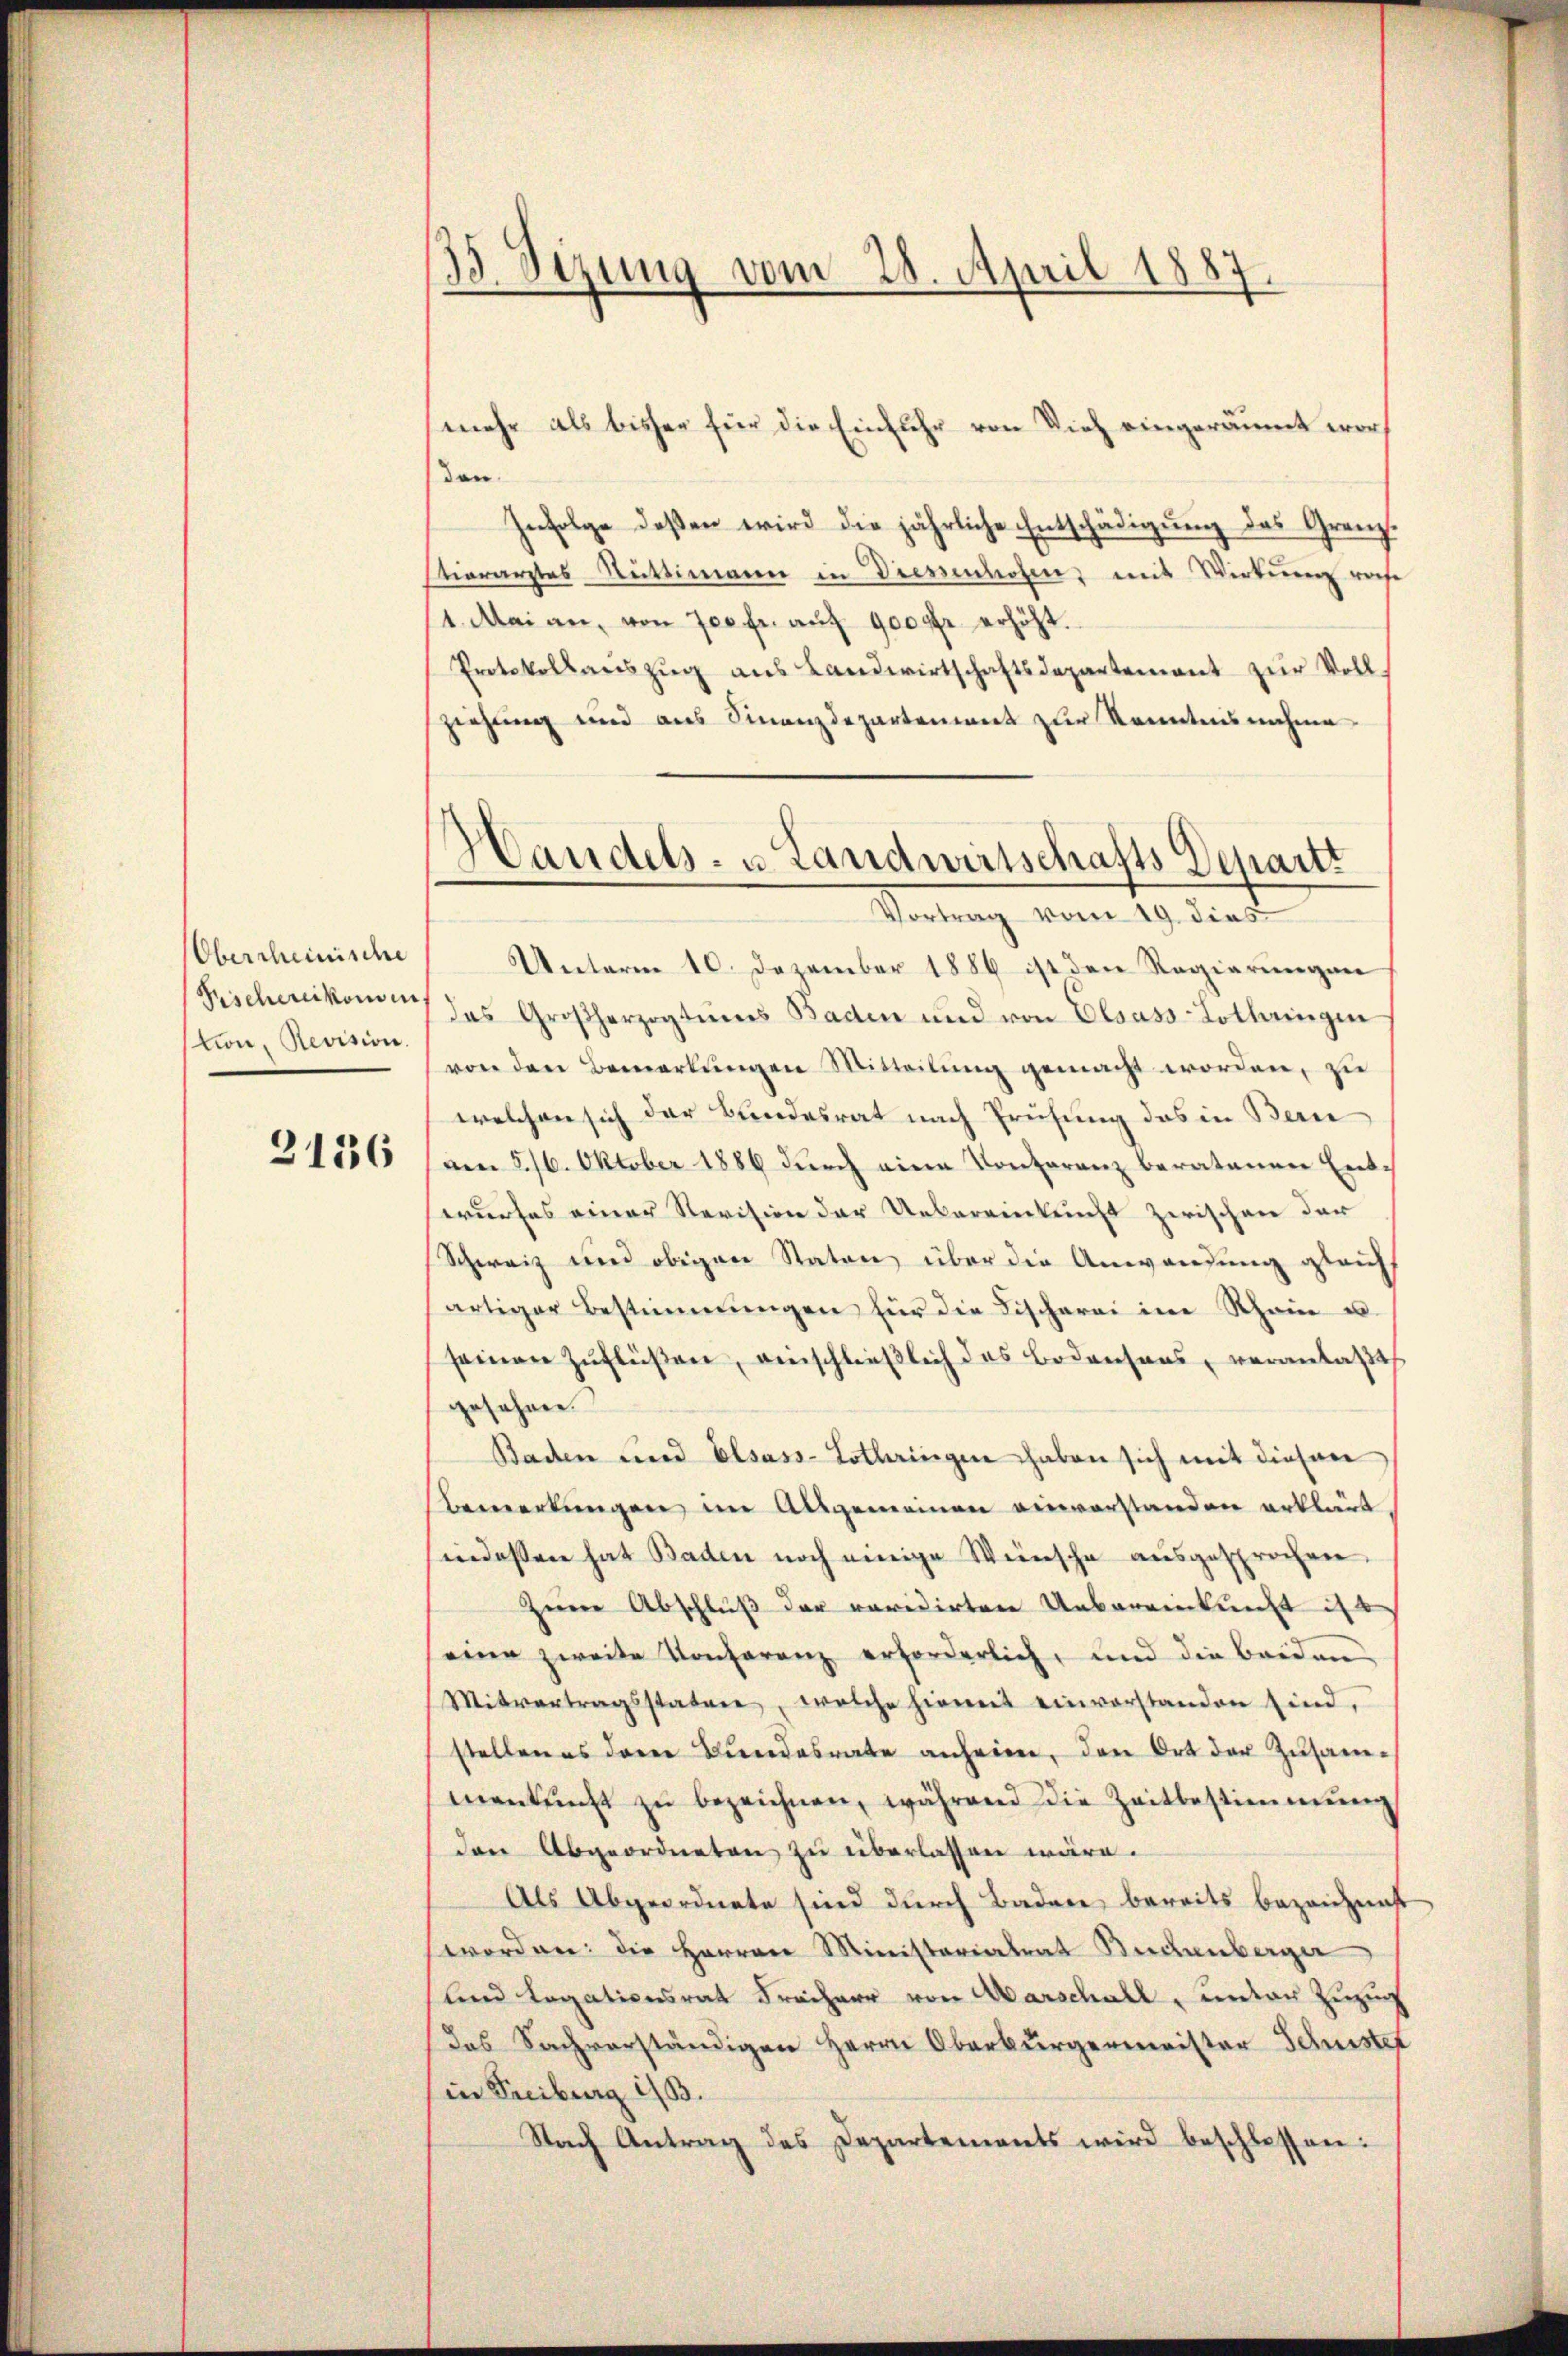
Oberscheinische
tion, Revision.

3136

33. Sizung vom 28. April 1887.

mehr als bisher für die Einfuhr von Vieh eingeräumt worden.
Infolge deßen wird die jährliche Entschädigung des Grenzstierarztes Rüttimann in Diessenhofen mit Wirtung roche
1. Mai an, von 700 fr. auf 900 fr erhöht.
Protokollaŭszŭg ans Landwirtschaftsdepartement zŭr Voll-
Ziehung und aus Finanzdepartement zur Kenntnisnahme
Unterm 10. Dezember 1886 ist den Regierungen
rschenkome des Großherzogtums Baden und von Elsass Lothringen
von den Bemerkŭngen Mitteilung gemacht worden, zu
welchen sich der Bundesrat nach Prüfung das in Bern
amn 516. Oktober 1886 durch eine Kontarenz beratanen Entwurfes einer Revision der Uebereinkricht zwischen der
Schweiz und obigen Staten über die Anwendung gleichs
artiger Bestimmungen für die Fischerei im Rhein u.
seinen Zŭflüβen, einschlieβlich das Bodensens, veranlaßt
gesehnen.
Baden und Elsass-Lothringen haben sich mit diesen
Bemerkungen im Allgemeinen einverstanden erklärt
indessen hat Baden noch einige Wünsche ausgesprochen.
Zeine Abschluß der revidirten Uebereinkunft ist
eine zweite Konferenz erforderlich, und die beiden
Mitvertragsstaten, welche hiemit einverstanden sind,
stellen es derer Bundesrate anheien, den Ort der Zŭsam-
menkunft zŭ bezeichnen, während die Zeitbestimmung
den Abgeordneten zu überlassen wäre.
Als Abgeordnete sind durch Badere bereits bezeichnist
worden: die Herren Ministariatent Biedenberger
und Legationsrat Freiherr von Marschall, unter Zuzug
das Sachverständigen Herrn Oberbürgermeister Schustet
in Freiburg i/B.
Nach Antrag des Departements wird beschlossen:

Handels- u. Landwirtschafts Departi
Vortrag vom 19. dies